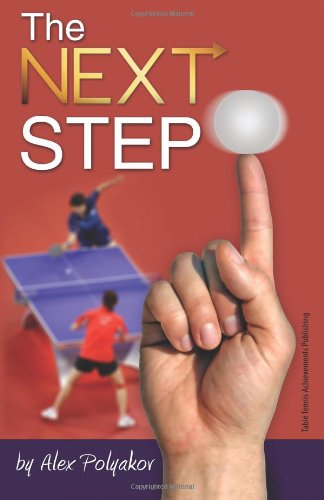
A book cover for The Next Step; Alex Polyakov; Sports & Outdoors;